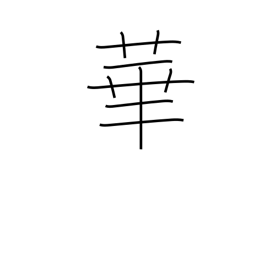
Meaning: petal